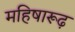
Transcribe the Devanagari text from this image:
महिषारूढ़